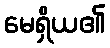
မေရှိယ၏